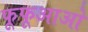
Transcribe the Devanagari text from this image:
फूफूआओ